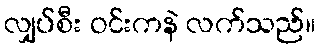
လျှပ်စီး ဝင်းကနဲ လက်သည်။